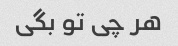
هر چی تو بگی